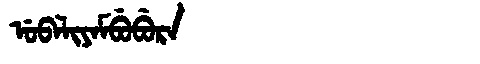
Manchu: ᡠᠪᠠᠯᡳᠶᠠᠮᠪᡠᠪᡠᡵᠠ
Romanization: UBALIYAMBUBURA